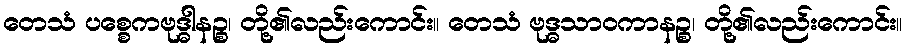
တေသံ ပစ္စေကဗုဒ္ဓါနဉ္စ၊ တို့၏လည်းကောင်း။ တေသံ ဗုဒ္ဓသာဝကာနဉ္စ၊ တို့၏လည်းကောင်း။